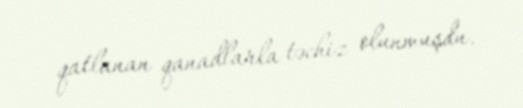
qatlanan qanadlarla təchiz olunmuşdu.